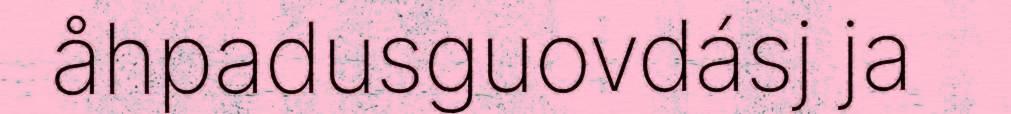
åhpadusguovdásj ja